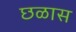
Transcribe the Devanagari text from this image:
छळास